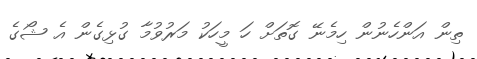
ތިން އަންހެނުން ހިމެނޭ ގޮތަށް ހަ މީހަކު މަރުވުމާ ގުޅިގެން އެ ޝޯގެ